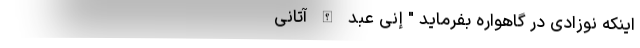
اینکه نوزادی در گاهواره بفرماید " إِنِّی عَبْدُ اللَّهِ آتَانِیَ